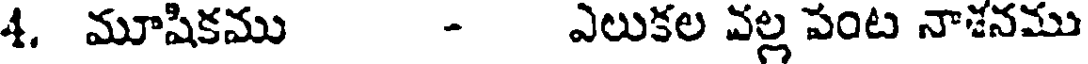
4. మూషికము - ఎలుకల వల్ల పంట నాశనము